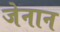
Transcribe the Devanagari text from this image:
जेनान